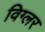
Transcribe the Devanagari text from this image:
विग्लर